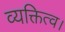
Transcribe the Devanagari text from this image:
व्यक्तित्व।